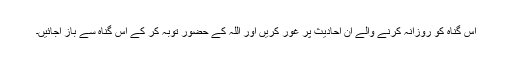
اس گناہ کو روزانہ کرنے والے ان احادیث پر غور کریں اور اللہ کے حضور توبہ کر کے اس گناہ سے باز آجائیں۔